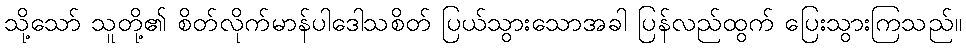
သို့သော် သူတို့၏ စိတ်လိုက်မာန်ပါဒေါသစိတ် ပြယ်သွားသောအခါ ပြန်လည်ထွက် ပြေးသွားကြသည်။